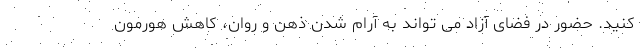
کنید. حضور در فضای آزاد می تواند به آرام شدن ذهن و روان، کاهش هورمون